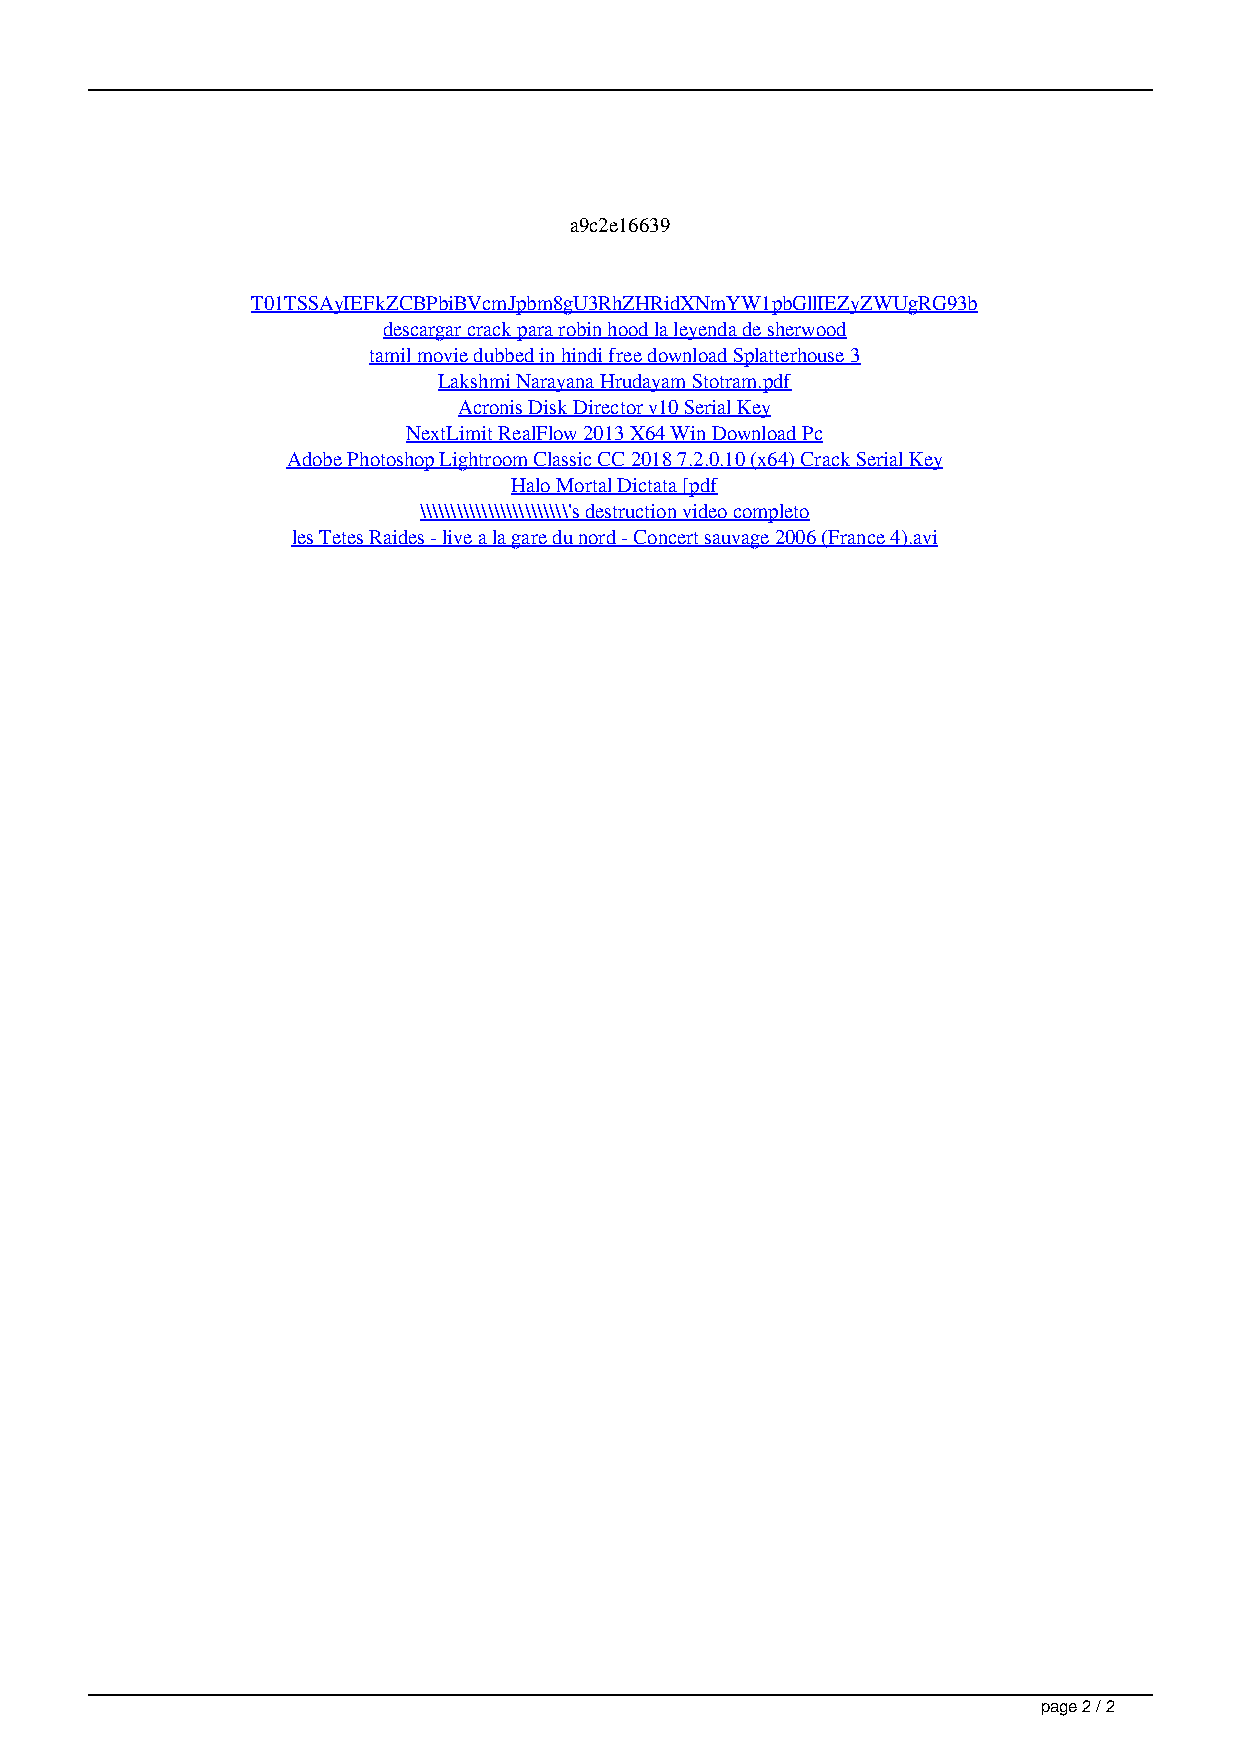
a9c2e16639
 T01TSSAyIEFkZCBPbiBVcmJpbm8gU3RhZHRidXNmYW1pbGllIEZyZWUgRG93b
 descargar crack para robin hood la leyenda de sherwood
 tamil movie dubbed in hindi free download Splatterhouse 3
 Lakshmi Narayana Hrudayam Stotram.pdf
 Acronis Disk Director v10 Serial Key
 NextLimit RealFlow 2013 X64 Win Download Pc
 Adobe Photoshop Lightroom Classic CC 2018 7.2.0.10 (x64) Crack Serial Key
 Halo Mortal Dictata [pdf
 \\\\\\\\\\\\\\\\\\\\\\\\'s destruction video completo
 les Tetes Raides - live a la gare du nord - Concert sauvage 2006 (France 4).avi
 page 2 / 2
 Dvdrip Billa Telugu Watch Online Full X264 Dubbed Download